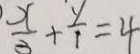
\frac { x } { 3 } + \frac { y } { 1 } = 4